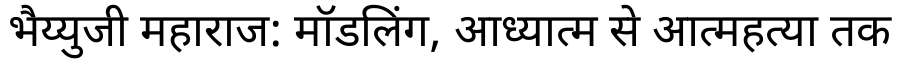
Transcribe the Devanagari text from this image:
भैय्युजी महाराज: मॉडलिंग, आध्यात्म से आत्महत्या तक